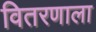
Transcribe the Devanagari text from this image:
वितरणाला